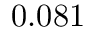
0 . 0 8 1